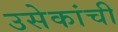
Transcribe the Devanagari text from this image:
उसेकांची